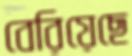
বেরিয়েছে